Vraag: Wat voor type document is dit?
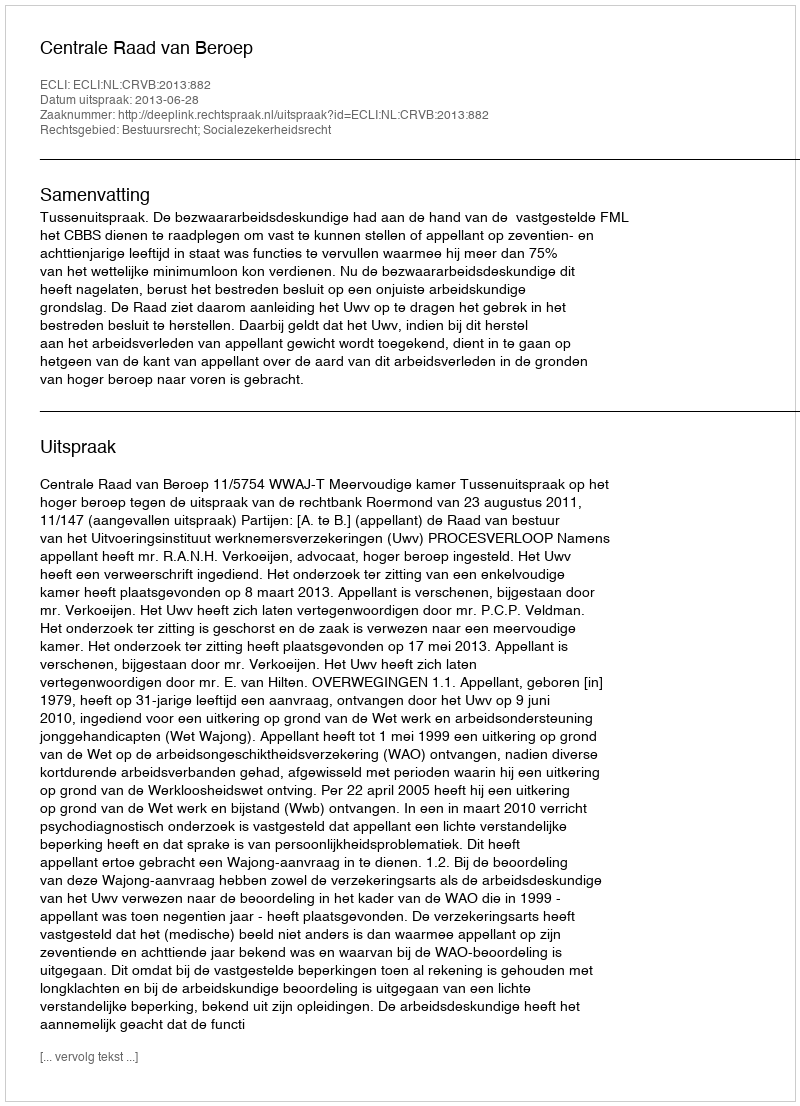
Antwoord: Uitspraak